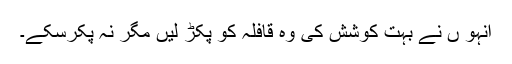
انہو ں نے بہت کوشش کی وہ قافلہ کو پکڑ لیں مگر نہ پکرسکے۔